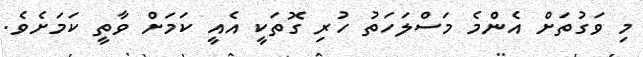
މި ވަގުތަށް އެންމެ މަސްލަހަތު ހުރި ގޮތަކީ އެއީ ކަމަށް ވާތީ ކަމަށެވެ.